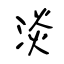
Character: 淡